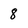
Character: 8